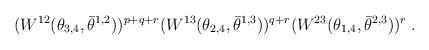
LaTeX: \begin{align*} (W^{12}(\theta_{3,4},\bar\theta^{1,2}))^{p+q+r}(W^{13}(\theta_{2,4},\bar\theta^{1,3}))^{q+r} (W^{23}(\theta_{1,4},\bar\theta^{2,3}))^{r} \;.\end{align*}